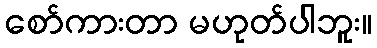
စော်ကားတာ မဟုတ်ပါဘူး။